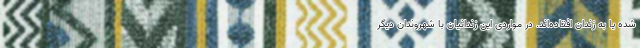
شده یا به زندان افتاده‌اند. در مواردی این زندانیان با شهروندان دیگر